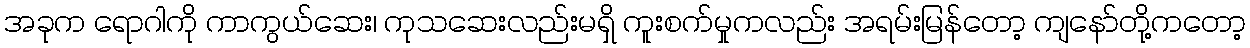
အခုက ရောဂါကို ကာကွယ်ဆေး၊ ကုသဆေးလည်းမရှိ ကူးစက်မှုကလည်း အရမ်းမြန်တော့ ကျနော်တို့ကတော့